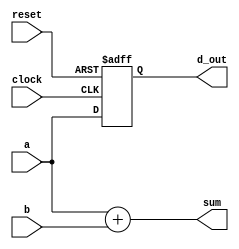
module example_design (
    input wire [3:0] a,        // 4-bit input
    input wire [3:0] b,        // 4-bit input
    input wire clock,          // Clock signal
    input wire reset,          // Reset signal
    output reg [4:0] sum,      // 5-bit output for sum
    output reg [3:0] d_out     // 4-bit output for registered data
);

// Combinational Logic using always @*
always @* begin
    sum = a + b;  // Sum the inputs a and b
end

// Sequential Logic using always @(posedge clock)
always @(posedge clock or posedge reset) begin
    if (reset) begin
        d_out <= 4'b0000;  // Reset output to 0
    end else begin
        d_out <= a;        // Register input a on rising edge of clock
    end
end

endmodule